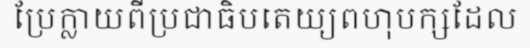
ប្រែក្លាយពីប្រជាធិបតេយ្យពហុបក្សដែល